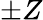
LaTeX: \pm Z